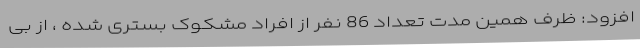
افزود: ظرف همین مدت تعداد 86 نفر از افراد مشکوک بستری شده ، از بی